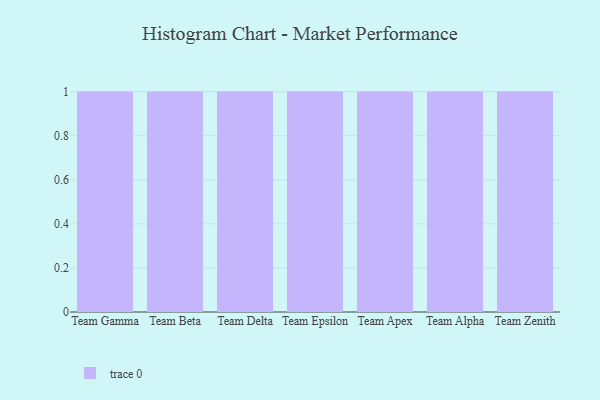
{"axis": {"x": "Team", "y": "Page Views"}, "legend": [""], "data": [{"x": "Team Gamma", "y": 82, "type": ""}, {"x": "Team Beta", "y": 14, "type": ""}, {"x": "Team Delta", "y": 63, "type": ""}, {"x": "Team Epsilon", "y": 14, "type": ""}, {"x": "Team Apex", "y": 28, "type": ""}, {"x": "Team Alpha", "y": 18, "type": ""}, {"x": "Team Zenith", "y": 1, "type": ""}]}